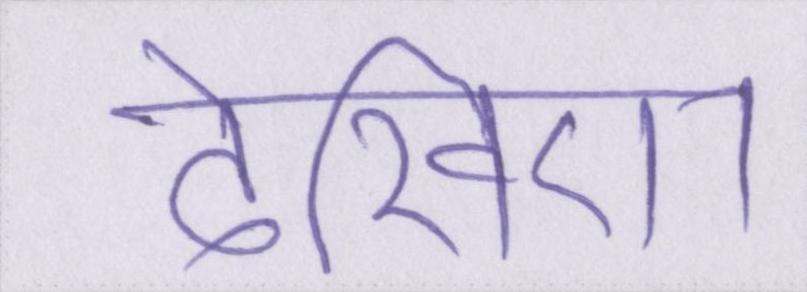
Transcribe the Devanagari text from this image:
देखिए।